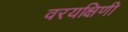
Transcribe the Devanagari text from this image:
वरयक्षिणी